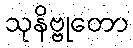
သုနိဗ္ဗုတော